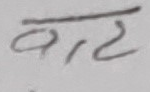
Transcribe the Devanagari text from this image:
बाट